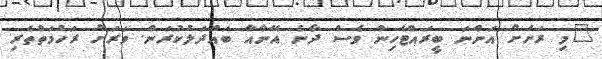
"މި ރަށަށް އަންނަ ބީރައްޓެހިން ވެސް ދާނެ އޭނާއާ ބައްދަލުކުރަން. ވަރަށް ރަހުމަތްތެރި